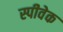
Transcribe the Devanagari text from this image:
स्पीवेक